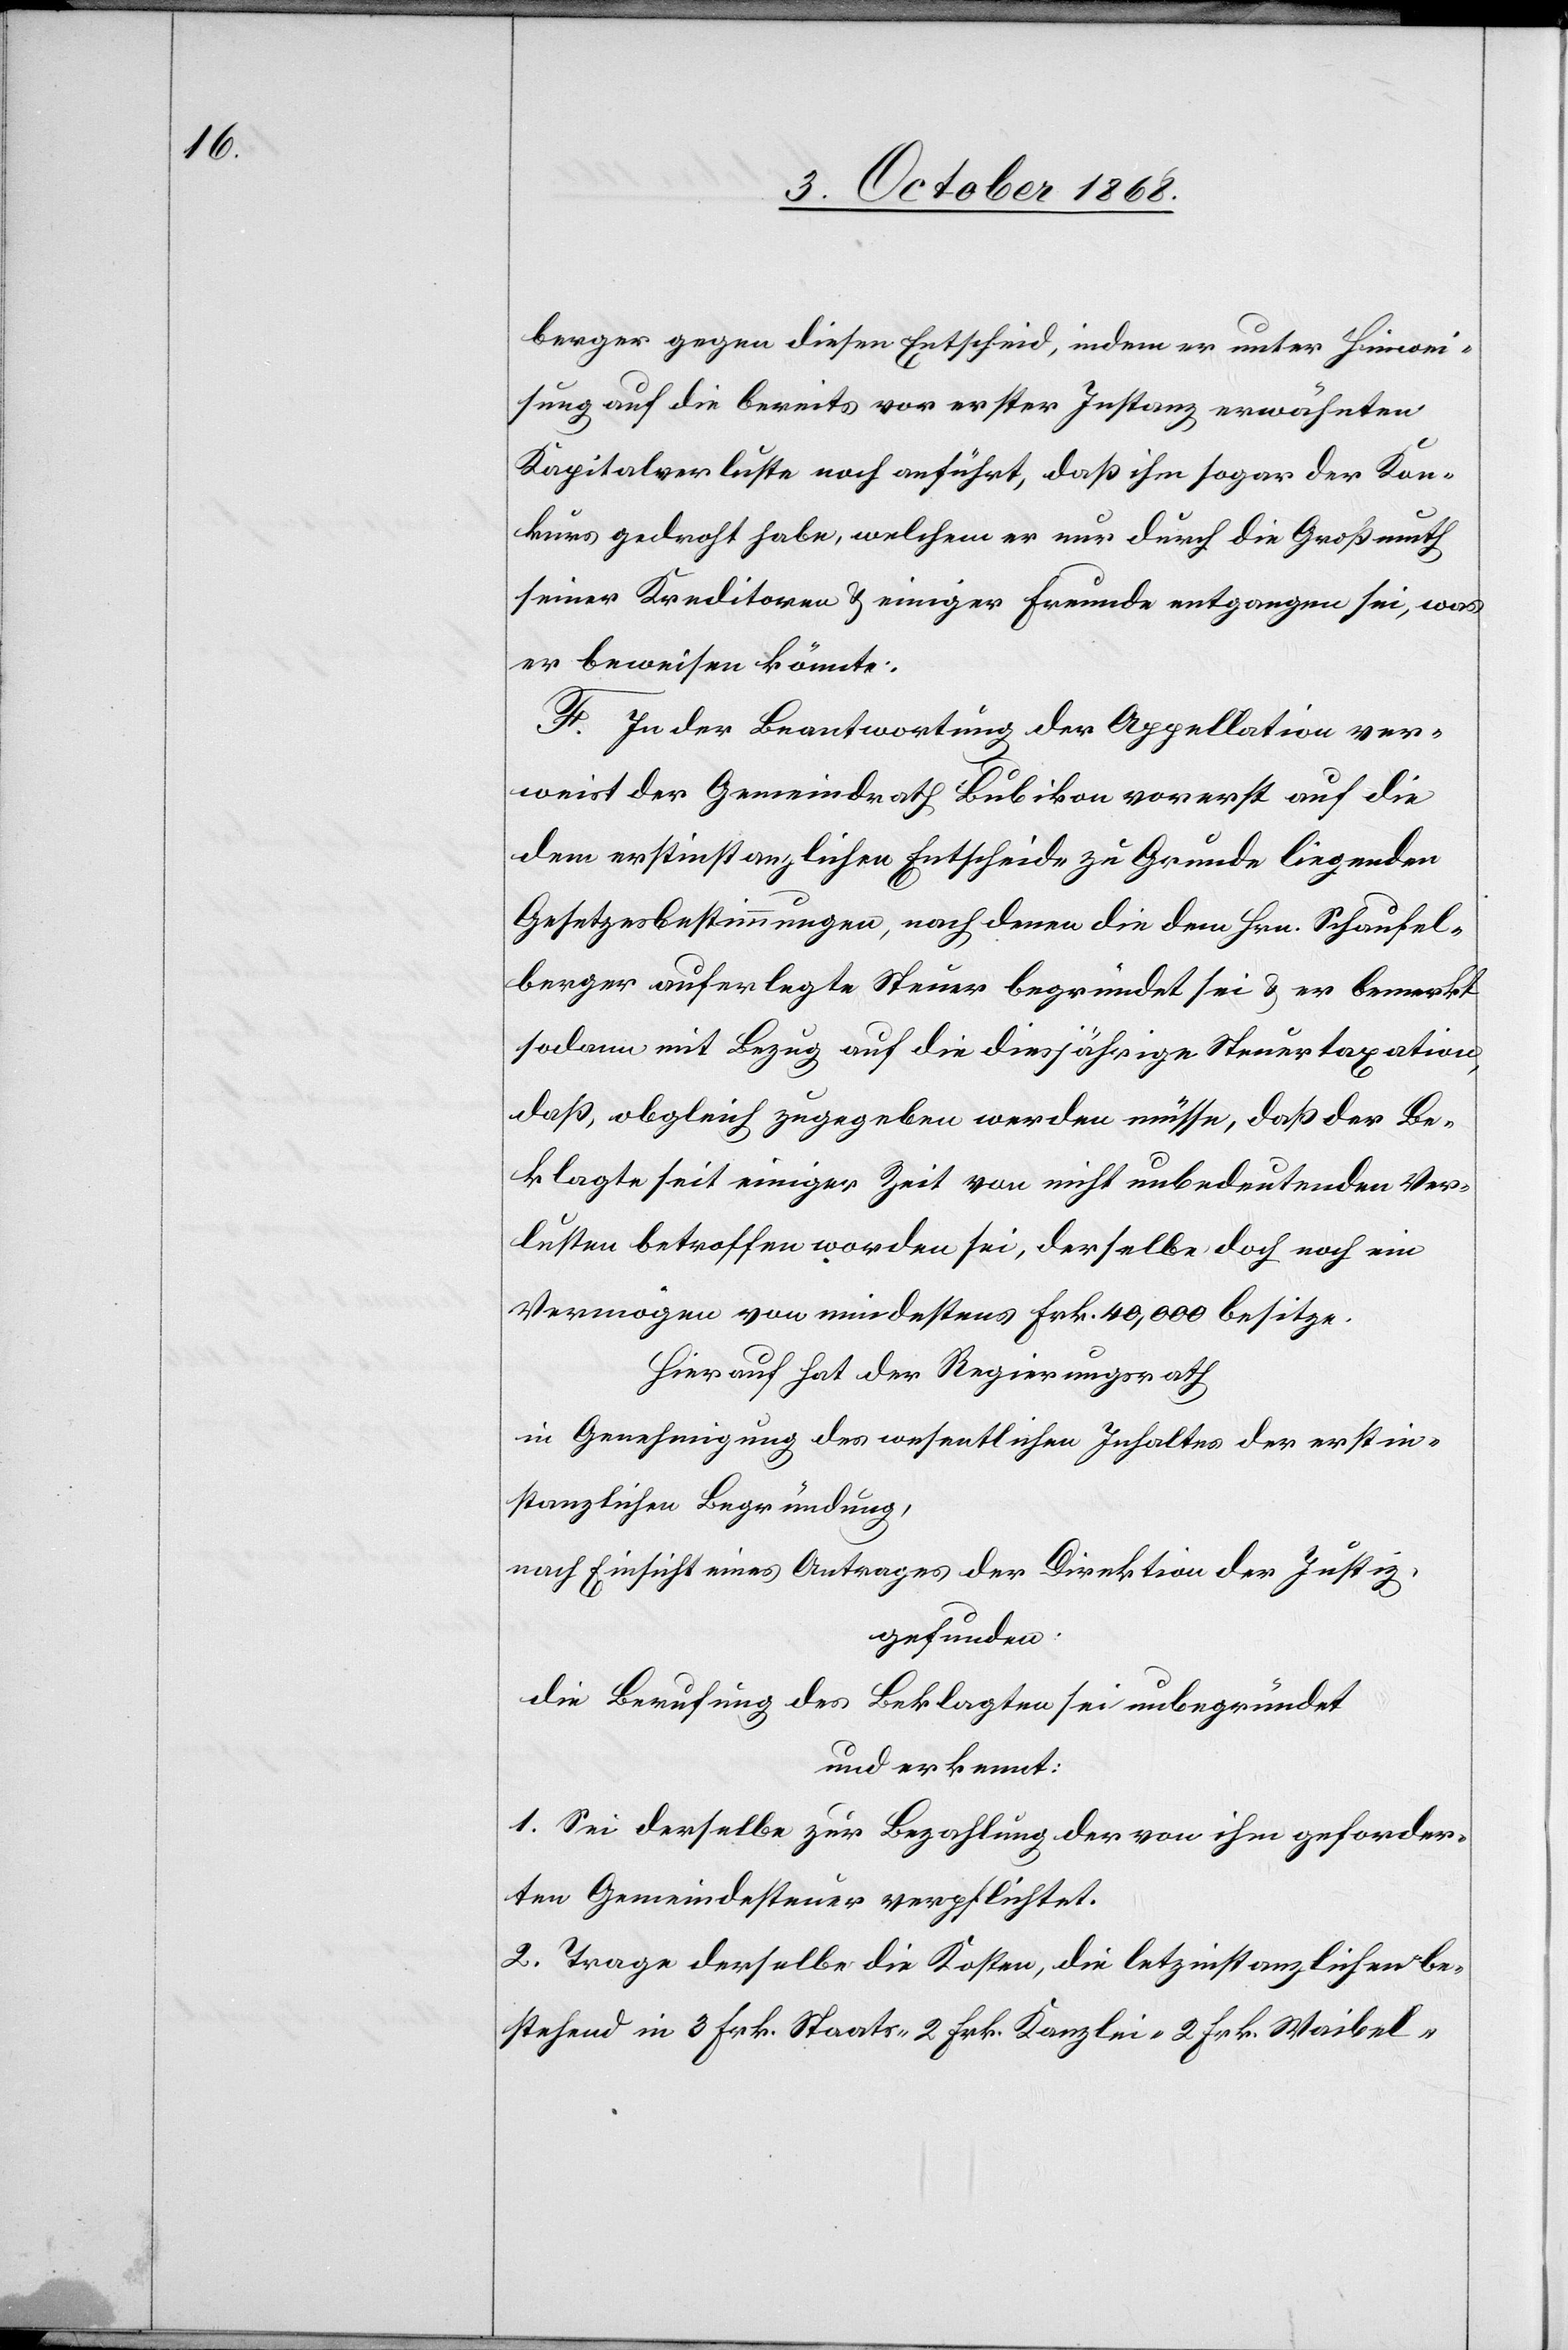
berger gegen diesen Entscheid, indem er unter Hinwei¬
sung auf die bereits vor erster Instanz erwähnten
Kapitalverluste noch anführt, daß ihm sogar der Kon¬
kurs gedroht habe, welchem er nur durch die Großmuth
seiner Kreditoren & einiger Freunde entgangen sei, was
er beweisen könnte.
F. In der Beantwortung der Appellation ver¬
weist der Gemeindrath Bubikon vorerst auf die
dem erstinstanzlichen Entscheide zu Grunde liegenden
Gesetzesbestimmungen, nach denen die dem Hrn. Schaufel¬
berger auferlegte Steuer begründet sei & er bemerkt
sodann mit Bezug auf die diesjährige Steuertaxation,
daß, obgleich zugegeben werden müsse, daß der Be¬
klagte seit einiger Zeit von nicht unbedeutenden Ver¬
lusten betroffen worden sei, derselbe doch noch ein
Vermögen von mindestens Frk. 40,000 besitze.
Hierauf hat der Regierungsrath
in Genehmigung des wesentlichen Inhaltes der erstin¬
stanzlichen Begründung,
nach Einsicht eines Antrages der Direktion der Justiz,
gefunden:
die Berufung des Beklagten sei unbegründet
und erkennt:
1. Sei derselbe zur Bezahlung der von ihm geforder¬
ten Gemeindesteuer verpflichtet.
2. Trage derselbe die Kosten, die letz[t]instanzlichen be¬
stehend in 3 Frk. Staats-[,] 2 Frk. Kanzlei-[,] 2 Frk. Waibel-[,]